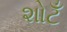
શોટઁ